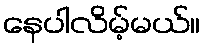
နေပါလိမ့်မယ်။